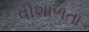
વીશાળતા